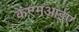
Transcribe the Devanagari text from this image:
केएमआईए